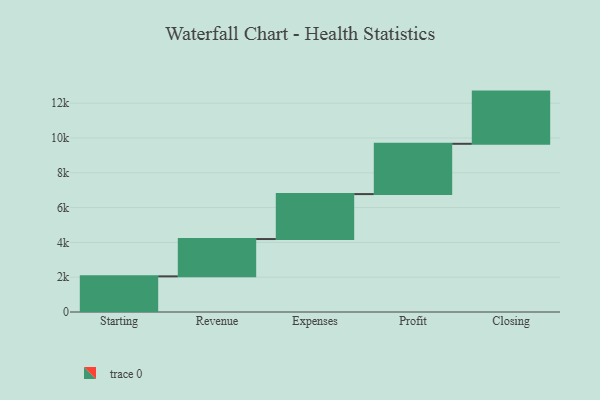
{"axis": {"x": "Step", "y": "Value"}, "legend": [""], "data": [{"x": "Starting", "y": 2049.0, "type": ""}, {"x": "Revenue", "y": 2144.0, "type": ""}, {"x": "Expenses", "y": 2583.0, "type": ""}, {"x": "Profit", "y": 2890.0, "type": ""}, {"x": "Closing", "y": 3000, "type": ""}]}